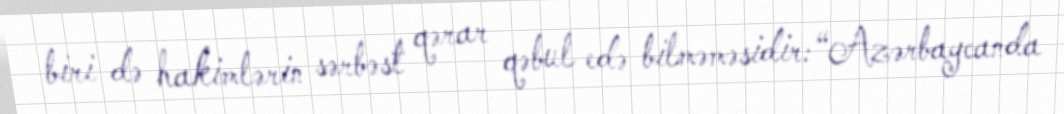
biri də hakimlərin sərbəst qərar qəbul edə bilməməsidir: “Azərbaycanda